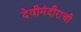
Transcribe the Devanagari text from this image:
देवीमंदीराची